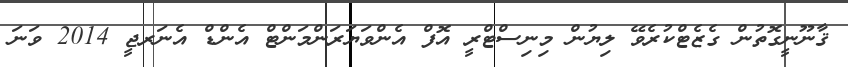
ޤާނޫނީގޮތުން ގެޒެޓްކުރެވޭ ލިޔުން މިނިސްޓްރީ އޮފް އެންވަޔަރަންމަންޓް އެންޑް އެނަރޖީ 2014 ވަނަ